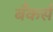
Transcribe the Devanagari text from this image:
बँकर्स